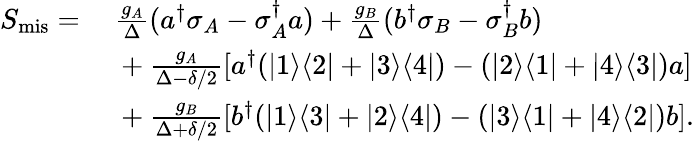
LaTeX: \begin{array}{rl}{S_{\mathrm{mis}}=}&{~\frac{g_{A}}{\Delta}(a^{\dagger}\sigma_{A}-\sigma_{A}^{\dagger}a)+\frac{g_{B}}{\Delta}(b^{\dagger}\sigma_{B}-\sigma_{B}^{\dagger}b)}\\ &{~+\frac{g_{A}}{\Delta-\delta/2}[a^{\dagger}(|1\rangle\langle 2|+|3\rangle\langle 4|)-(|2\rangle\langle 1|+|4\rangle\langle 3|)a]}\\ &{~+\frac{g_{B}}{\Delta+\delta/2}[b^{\dagger}(|1\rangle\langle 3|+|2\rangle\langle 4|)-(|3\rangle\langle 1|+|4\rangle\langle 2|)b].}\end{array}